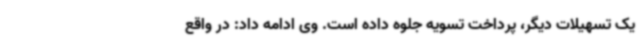
یک تسهیلات دیگر، پرداخت تسویه جلوه داده است. وی ادامه داد: در واقع